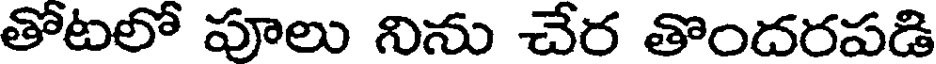
తోటలో పూలు నిను చేర తొందరపడి